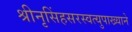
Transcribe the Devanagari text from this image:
श्रीनृसिंहसरस्वत्युपाख्याने